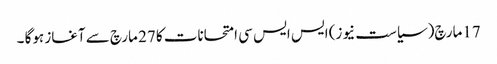
17مارچ(سیاست نیوز) ایس ایس سی امتحانات کا 27 مارچ سے آغاز ہوگا ۔